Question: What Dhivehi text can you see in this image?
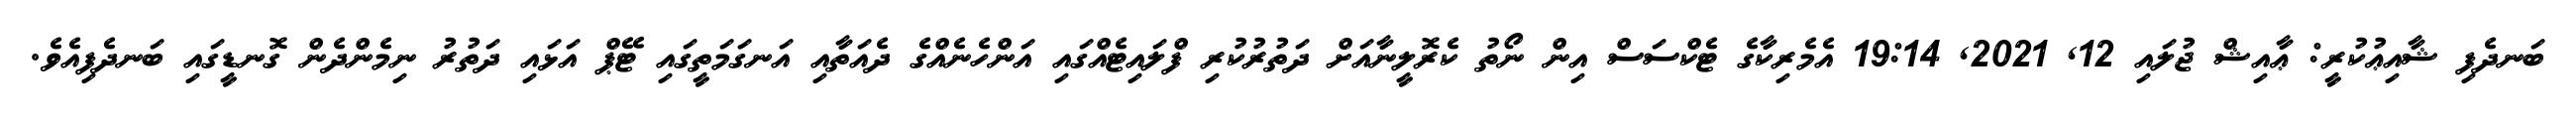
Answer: ބަނދެފި ޝާއިޢުކުރީ: ޢާއިޝް ޖުލައި 12, 2021, 19:14 އެމެރިކާގެ ޓެކްސަސް އިން ނޯތު ކެރޮލީނާއަށް ދަތުރުކުރި ފްލައިޓެއްގައި އަންހެނެއްގެ ދެއަތާއި އަނގަމަތީގައި ޓޭޕް އަޅައި ދަތުރު ނިމެންދެން ގޮނޑީގައި ބަނދެފިއެވެ.